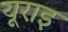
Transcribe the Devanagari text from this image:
यूराइ